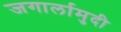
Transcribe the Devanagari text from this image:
जगार्लामुदी